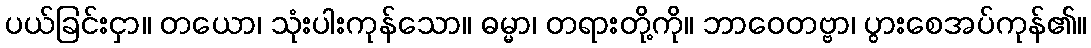
ပယ်ခြင်းငှာ။ တယော၊ သုံးပါးကုန်သော။ ဓမ္မာ၊ တရားတို့ကို။ ဘာဝေတဗ္ဗာ၊ ပွားစေအပ်ကုန်၏။